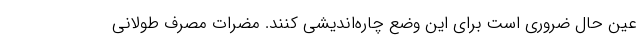
عین حال ضروری است برای این وضع چاره‌اندیشی کنند. مضرات مصرف طولانی‌